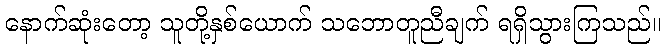
နောက်ဆုံးတော့ သူတို့နှစ်ယောက် သဘောတူညီချက် ရရှိသွားကြသည်။